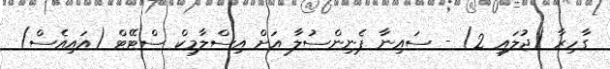
ގާހިރާ (ޖުލައި 2) - ސައިނާ ޕެނިންސުލާ އަށް އިސްލާމިކް ސްޓޭޓް (އައިއެސް)